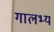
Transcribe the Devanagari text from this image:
गालभ्य